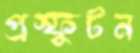
প্রস্ফুটন